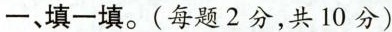
-、填一填。(每题2分，共10分)